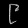
Digit: ၉